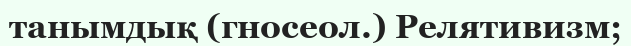
танымдық (гносеол.) Релятивизм;